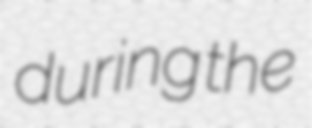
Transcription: during the